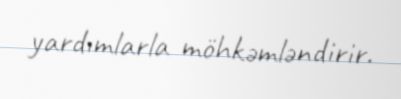
yardımlarla möhkəmləndirir.